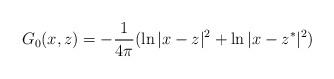
LaTeX: \begin{align*}G_0(x,z)=-\frac 1{4\pi} (\ln |x-z|^2 + \ln |x-z^*|^2 ) \end{align*}